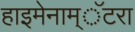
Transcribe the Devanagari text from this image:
हाइमेनाम्‌ॅटरा